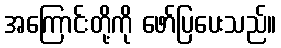
အကြောင်းတို့ကို ဖော်ပြပေးသည်။